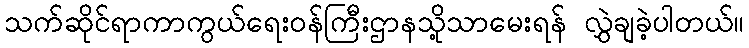
သက်ဆိုင်ရာကာကွယ်ရေးဝန်ကြီးဌာနသို့သာမေးရန် လွှဲချခဲ့ပါတယ်။